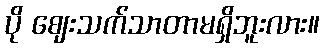
ပို ဈေးသက်သာတာမရှိဘူးလား။